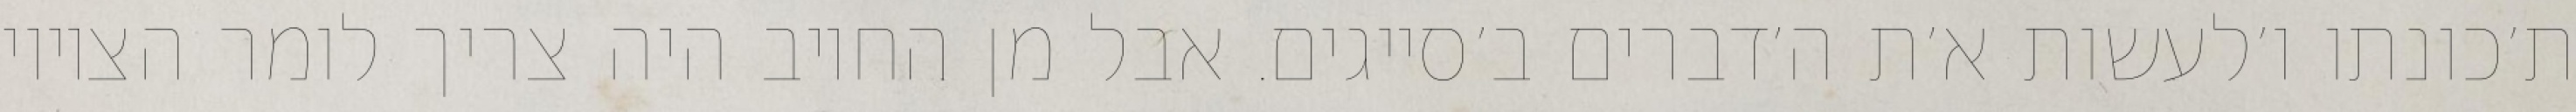
ת׳כונתו ו׳לעשות א׳ת ה׳דברים ב׳סייגים. אבל מן החיוב היה צריך לומר הציווי